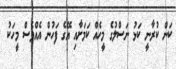
ކަން ކުރާނީ ކަޅު ނަސްލުގެ މީހެއް ކަމަށާއި އޭގެ ފަހުން އެއްވެސް މީހަކު